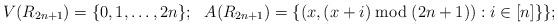
LaTeX: \begin{align*} V(R_{2n+1}) & =\{0,1,\ldots,2n\}; & A(R_{2n+1}) & = \{(x,(x+i) \bmod (2n+1)) : i\in[n]\}\}; \end{align*}